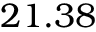
2 1 . 3 8